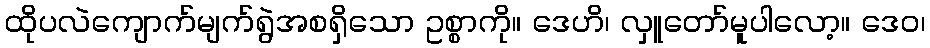
ထိုပလဲကျောက်မျက်ရွဲအစရှိသော ဥစ္စာကို။ ဒေဟိ၊ လှူတော်မူပါလော့။ ဒေဝ၊